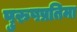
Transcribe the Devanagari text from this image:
पुरुषप्रतिमा